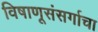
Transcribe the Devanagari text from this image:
विषाणूसंसर्गाचा